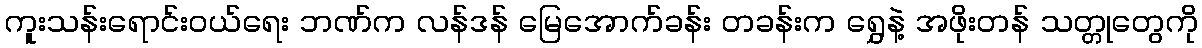
ကူးသန်းရောင်းဝယ်ရေး ဘဏ်က လန်ဒန် မြေအောက်ခန်း တခန်းက ရွှေနဲ့ အဖိုးတန် သတ္တုတွေကို